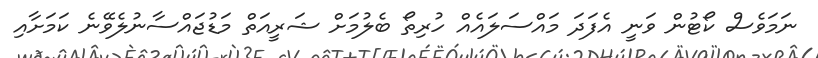
ނަމަވެސް ކޯޓުން ވަނީ އެފަދަ މައްސަލައެއް ހުރިތޯ ބެލުމަށް ޝަރީއަތް މަޑުޖައްސާނުލެވޭނެ ކަމަށާއި